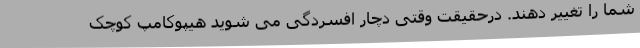
شما را تغییر دهند. درحقیقت وقتی دچار افسردگی می شوید هیپوکامپ کوچک